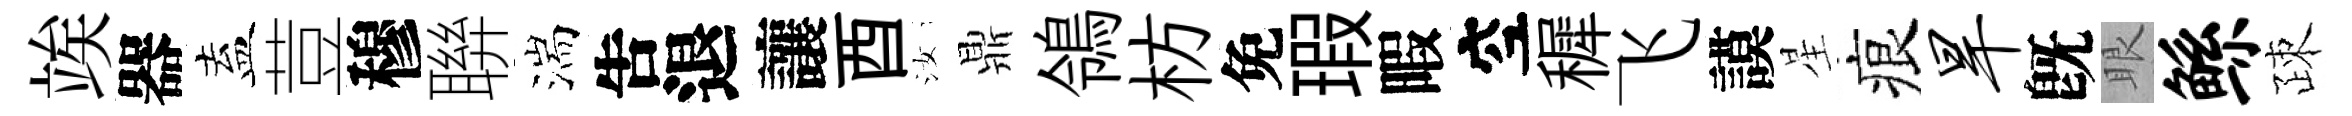
竢器盍荳穆聨湍吿退讓酉汝鼎鴒枋免瑕暇空穉飞謨星痕旱旣眼鲧疎